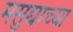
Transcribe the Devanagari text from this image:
मसुद्याच्या